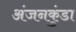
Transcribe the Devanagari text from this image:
अंजनकुंडा